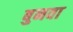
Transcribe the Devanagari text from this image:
बुनवा